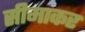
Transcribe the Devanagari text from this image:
सीमाकर